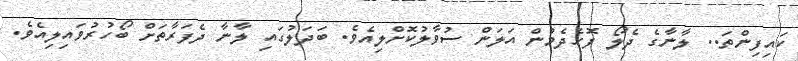
ކައިފިންތަ.. ލާނާގެ ދެލޯ ފޮހެދެމުން އަލަން ސުވާލުކޮށްލިއެވެ. ބަދަލުގައި ލާނާ ދެފަރާތަށް ބޯހުރުވައިލިއެވެ.